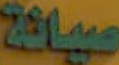
صيانة